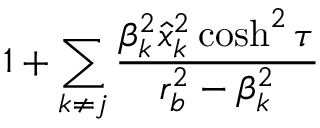
1 + \sum _ { k \ne j } { \frac { \beta _ { k } ^ { 2 } \hat { x } _ { k } ^ { 2 } \cosh ^ { 2 } \tau } { r _ { b } ^ { 2 } - \beta _ { k } ^ { 2 } } }